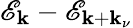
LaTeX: \mathscr{E}_{\mathbf k}-\mathscr{E}_{{\mathbf k}+{\mathbf k}_{\nu}}